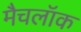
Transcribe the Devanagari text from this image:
मैचलॉक